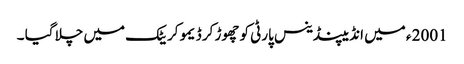
2001 ء میں انڈیپنڈینس پارٹی کو چھوڑ کر ڈیمو کریٹک میں چلا گیا ۔